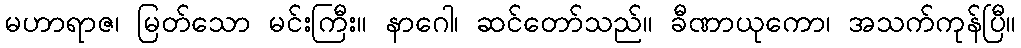
မဟာရာဇ၊ မြတ်သော မင်းကြီး။ နာဂေါ၊ ဆင်တော်သည်။ ခီဏာယုကော၊ အသက်ကုန်ပြီ။